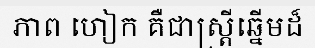
ភាព ហៀក គឺជាស្ត្រីឆ្នើមដ៏